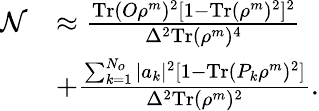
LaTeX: \begin{array}{rl}{\mathcal{N}}&{\approx\frac{\textrm{Tr}(O\rho^{m})^{2}[1-\textrm{Tr}(\rho^{m})^{2}]^{2}}{\Delta^{2}\textrm{Tr}(\rho^{m})^{4}}}\\ &{+\frac{\sum_{k=1}^{N_{o}}|a_{k}|^{2}[1-\textrm{Tr}(P_{k}\rho^{m})^{2}]}{\Delta^{2}\textrm{Tr}(\rho^{m})^{2}}.}\end{array}